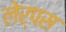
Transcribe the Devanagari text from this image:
लेर्पस